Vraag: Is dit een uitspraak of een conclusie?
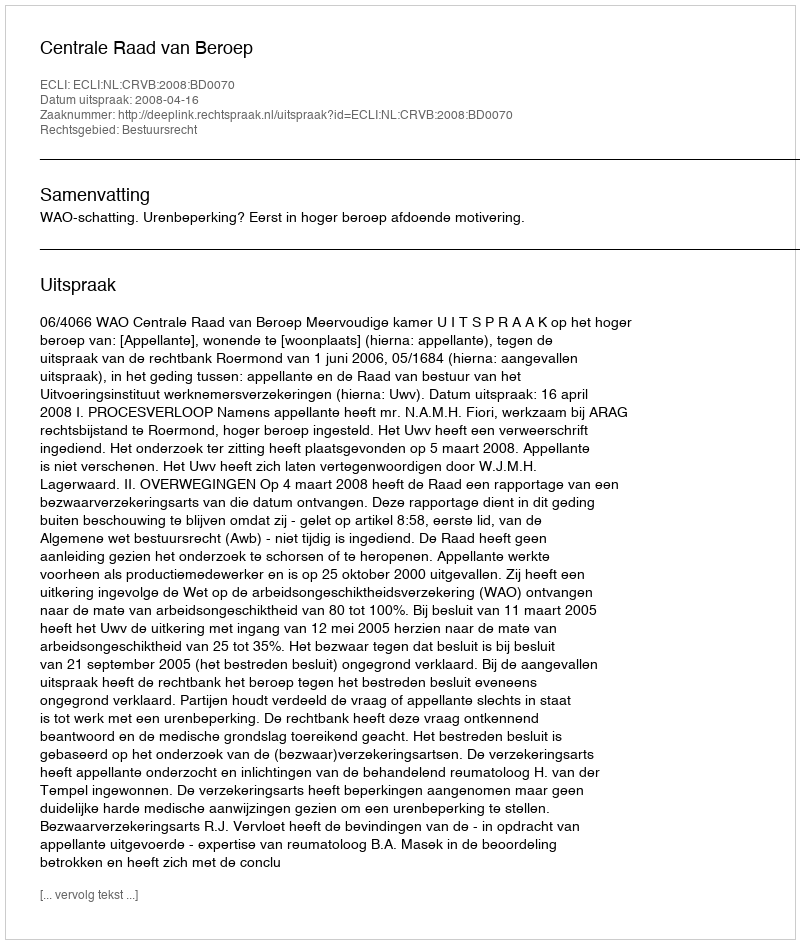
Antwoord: Uitspraak